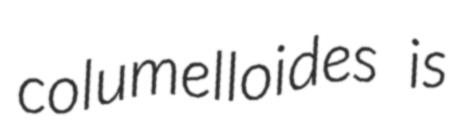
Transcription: columelloides is